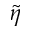
\widetilde { \eta }